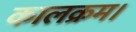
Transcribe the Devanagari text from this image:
कालक्रम।